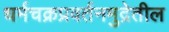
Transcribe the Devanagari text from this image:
धर्मचक्रप्रवर्तनमुद्रेतील